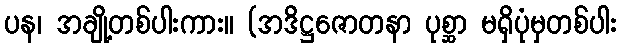
ပန၊ အချို့တစ်ပါးကား။ (အဒိဋ္ဌဇောတနာ ပုစ္ဆာ မရှိပုံမှတစ်ပါး